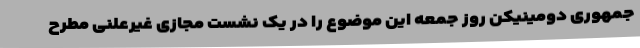
جمهوری دومینیکن روز جمعه این موضوع را در یک نشست مجازی غیرعلنی مطرح